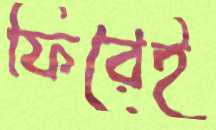
ফিরেই